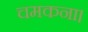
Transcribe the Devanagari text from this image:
चमकना।